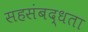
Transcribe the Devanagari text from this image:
सहसंबद्धता